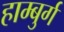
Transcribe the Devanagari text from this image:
हाम्बुर्ग